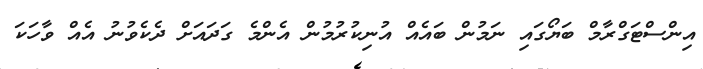
އިންސްޓަގްރާމް ބަޔޯގައި ނަމުން ބައެއް އުނިކުރުމުން އެންމެ ގަދައަށް ދެކެވުނު އެއް ވާހަކަ